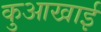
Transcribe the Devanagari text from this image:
कुआखाई